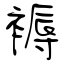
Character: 褥